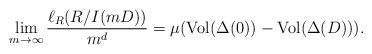
LaTeX: \begin{align*}\lim_{m\rightarrow\infty}\frac{\ell_R(R/I(mD))}{m^d}=\mu({\rm Vol}(\Delta(0))-{\rm Vol}(\Delta(D))).\end{align*}